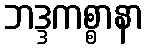
ဘဒ္ဒကစ္စာနာ